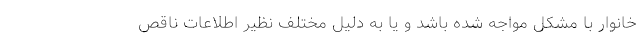
خانوار با مشکل مواجه شده باشد و یا به دلیل مختلف نظیر اطلاعات ناقص